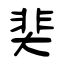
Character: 奜